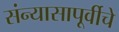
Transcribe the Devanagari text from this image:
संन्यासापूर्वीचे